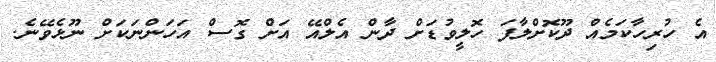
އެ ހުރިހާކަމެއް ދޫކޮށްލާފަ ހޮލީވުޑަށް ދާން އެލްއޭ އަށް ގޮސް އަހަންނަކަށް ނޫޅެވޭނެ.